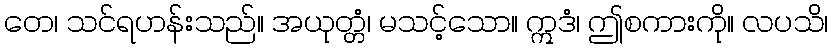
တေ၊ သင်ရဟန်းသည်။ အယုတ္တံ၊ မသင့်သော။ ဣဒံ၊ ဤစကားကို။ လပသိ၊